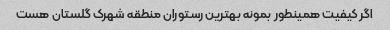
اگر کیفیت همینطور بمونه بهترین رستوران منطقه شهرک گلستان هست